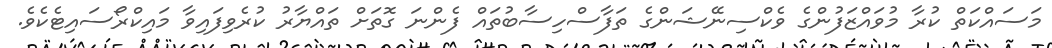
މަސައްކަތް ކުރާ މުވައްޒަފުންގެ ވެކްސިނޭޝަންގެ ތަފާސްހިސާބުތައް ފެންނަ ގޮތަށް ތައްޔާރު ކުރެވިފައިވާ މައިކްރޯސައިޓެކެވެ.